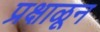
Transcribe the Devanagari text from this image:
प्रक्षाळून